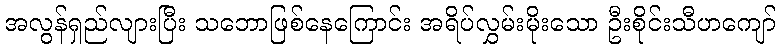
အလွန်ရှည်လျားပြီး သဘောဖြစ်နေကြောင်း အရိပ်လွှမ်းမိုးသော ဦးစိုင်းသီဟကျော်